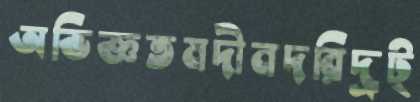
অভিজ্ঞতমদীনদরিদ্রট্